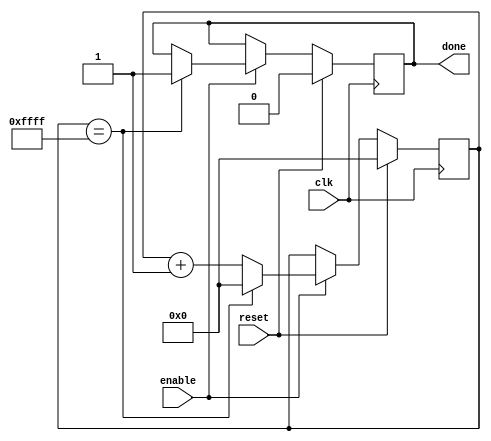
module countdown_timer(
    input wire clk, // System clock
    input wire reset, // Active low reset signal
    input wire enable, // Enable signal for countdown timer
    output reg done // Output signal indicating countdown completion
);

reg [15:0] counter; // 16-bit counter register

// Synchronization logic
always @(posedge clk) begin
    if (reset) begin
        counter <= 16'd0; // Reset counter on active low reset signal
        done <= 1'b0; // Reset done signal
    end else if (enable) begin
        counter <= counter + 1; // Increment counter on each clock cycle
        if (counter == 16'd65535) begin
            counter <= 16'd0; // Reset counter when it reaches maximum value
            done <= 1'b1; // Set done signal when countdown completes
        end
    end
end

endmodule